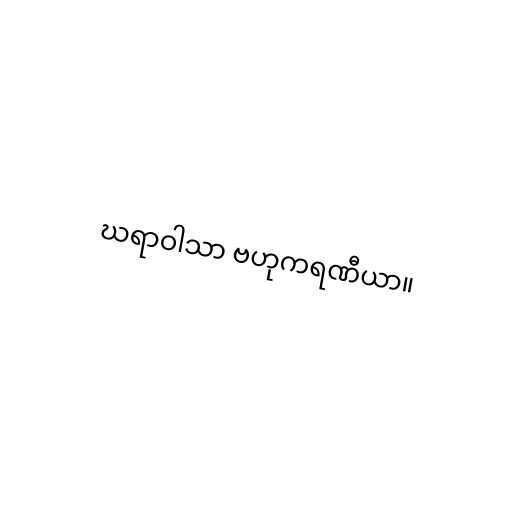
ဃရာဝါသာ ဗဟုကရဏီယာ။